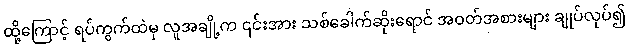
ထို့ကြောင့် ရပ်ကွက်ထဲမှ လူအချို့က ၎င်းအား သစ်ခေါက်ဆိုးရောင် အဝတ်အစားများ ချုပ်လုပ်၍